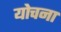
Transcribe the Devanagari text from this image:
योचना